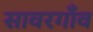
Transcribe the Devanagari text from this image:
सावरगाँव